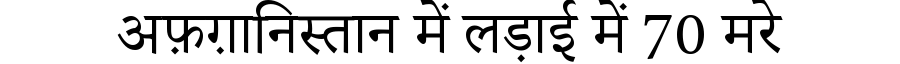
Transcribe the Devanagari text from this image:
अफ़ग़ानिस्तान में लड़ाई में 70 मरे